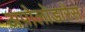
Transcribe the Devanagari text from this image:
अपोलोडारेस